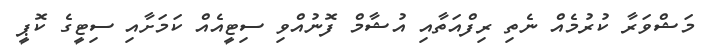
މަޝްވަރާ ކުރުމެއް ނެތި ރިފްއަތާއި އުޝާމް ފޮނުއްވި ސިޓީއެއް ކަމަށާއި ސިޓީގެ ކޮޕީ